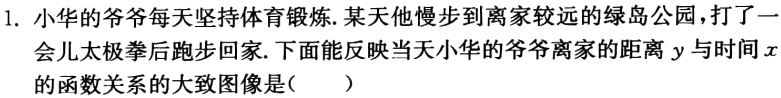
1. 小华的爷爷每天坚持体育锻炼. 某天他慢步到离家较远的绿岛公园，打了一会儿太极拳后跑步回家. 下面能反映当天小华的爷爷离家的距离\(y\)与时间\(x\)的函数关系的大致图像是( )